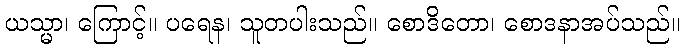
ယသ္မာ၊ ကြောင့်။ ပရေန၊ သူတပါးသည်။ စောဒိတော၊ စောဒနာအပ်သည်။